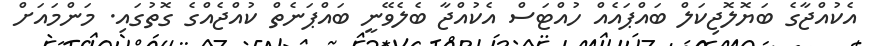
އެކުއްޖާގެ ބަޔޮލޮޖިކަލް ބައްޕައެއް ހުއްޓަސް އެކުއްޖާ ބެލެވޭނީ ބައްޕަނެތް ކުއްޖެއްގެ ގޮތުގައި. މަންމައަށް